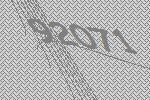
92071